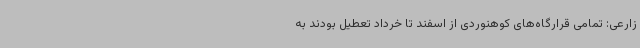
زارعی: تمامی قرارگاه‌های کوهنوردی از اسفند تا خرداد تعطیل بودند به